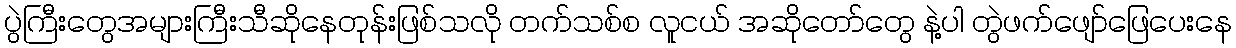
ပွဲကြီးတွေအများကြီးသီဆိုနေတုန်းဖြစ်သလို တက်သစ်စ လူငယ် အဆိုတော်တွေ နဲ့ပါ တွဲဖက်ဖျော်ဖြေပေးနေ